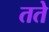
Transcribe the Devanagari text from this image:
तते